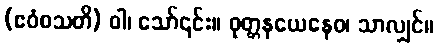
(ဧဝံစသတိ) ဝါ၊ သော်၎င်း။ ဝုတ္တနယေနေဝ၊ သာလျှင်။